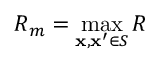
R _ { m } = \operatorname* { m a x } _ { \mathbf { x } , \mathbf { x } ^ { \prime } \in S } R